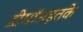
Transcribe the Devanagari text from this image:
डीमॉसइतके